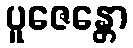
ပူဇေန္တော